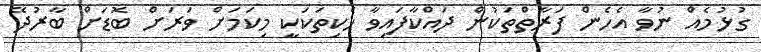
ގުޅުމެއް ނުވާ އެހެން ފަރާތްތަކުން ދައްކާފައިވާ ހެކިތަކަކީ މިކަމަށް ވަރަށް ބޮޑަށް ބާރުދޭ